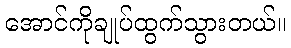
အောင်ကိုချုပ်ထွက်သွားတယ်။